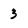
Character: 3